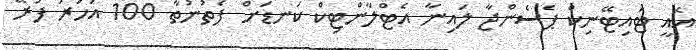
އެއީ ޓައިޓޭނިކް ޕެސެންޖާ ލައިނާ އެޓްލާންޓިކް ކަނޑަށް ފެތުނުތާ 100 އަހަރު ފުރޭ